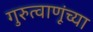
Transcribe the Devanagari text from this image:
गुरुत्वाणूंच्या